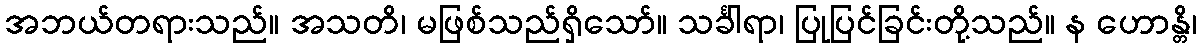
အဘယ်တရားသည်။ အသတိ၊ မဖြစ်သည်ရှိသော်။ သင်္ခါရာ၊ ပြုပြင်ခြင်းတို့သည်။ န ဟောန္တိ၊